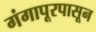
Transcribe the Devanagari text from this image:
गंगापूरपासून